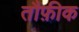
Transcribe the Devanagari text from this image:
तौफ़ीक